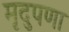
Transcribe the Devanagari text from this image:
मृदुपणा